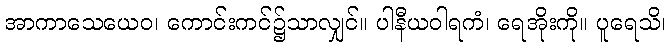
အာကာသေယေဝ၊ ကောင်းကင်၌သာလျှင်။ ပါနီယဝါရကံ၊ ရေအိုးကို။ ပူရေသိ၊